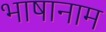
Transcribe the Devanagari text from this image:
भाषानाम